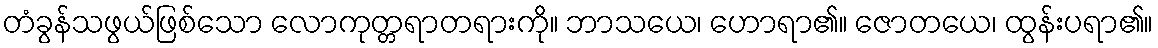
တံခွန်သဖွယ်ဖြစ်သော လောကုတ္တရာတရားကို။ ဘာသယေ၊ ဟောရာ၏။ ဇောတယေ၊ ထွန်းပရာ၏။